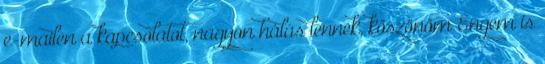
e-mailen a kapcsolatot, nagyon hálás lennék, köszönöm Engem is